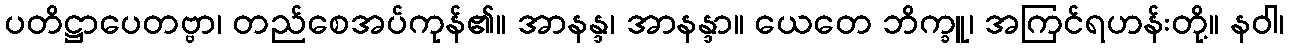
ပတိဋ္ဌာပေတဗ္ဗာ၊ တည်စေအပ်ကုန်၏။ အာနန္ဒ၊ အာနန္ဒာ။ ယေတေ ဘိက္ခူ၊ အကြင်ရဟန်းတို့။ နဝါ၊